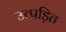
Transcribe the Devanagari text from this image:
उत्पड़ित